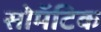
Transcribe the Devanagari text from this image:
सोमॅटिक